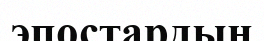
эпостардың